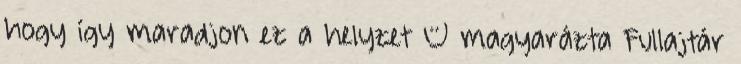
hogy így maradjon ez a helyzet – magyarázta Fullajtár